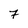
Character: 7